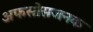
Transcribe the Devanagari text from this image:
अफसोसजनक